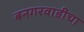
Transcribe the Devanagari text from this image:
बनगरवाडीचा